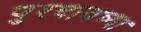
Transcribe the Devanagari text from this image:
पुरवायच्या